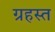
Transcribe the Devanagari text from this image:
ग्रहस्त